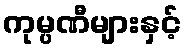
ကုမ္ပဏီများနှင့်